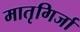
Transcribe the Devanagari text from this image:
मातृगिर्जा